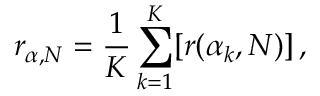
r _ { \alpha , N } = \frac { 1 } { K } \sum _ { k = 1 } ^ { K } [ r ( \alpha _ { k } , N ) ] \, ,